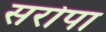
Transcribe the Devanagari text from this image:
सरोपा